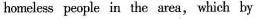
homelesspeople in the area, which by